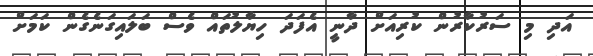
އަދި މި ސަރުކާރުން ކުރިއަށް ދާނީ އެފަދަ ހިޔާލުތައް ވެސް ބަލައިގަނެގެން ކަމަށް